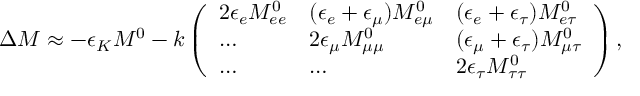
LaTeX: \Delta M \approx - \epsilon _ { K } M ^ { 0 } - k \left( \begin{array} { l l l } { { 2 \epsilon _ { e } M _ { e e } ^ { 0 } } } & { { ( \epsilon _ { e } + \epsilon _ { \mu } ) M _ { e \mu } ^ { 0 } } } & { { ( \epsilon _ { e } + \epsilon _ { \tau } ) M _ { e \tau } ^ { 0 } } } \\ { { \dots } } & { { 2 \epsilon _ { \mu } M _ { \mu \mu } ^ { 0 } } } & { { ( \epsilon _ { \mu } + \epsilon _ { \tau } ) M _ { \mu \tau } ^ { 0 } } } \\ { { \dots } } & { { \dots } } & { { 2 \epsilon _ { \tau } M _ { \tau \tau } ^ { 0 } } } \end{array} \right) ,